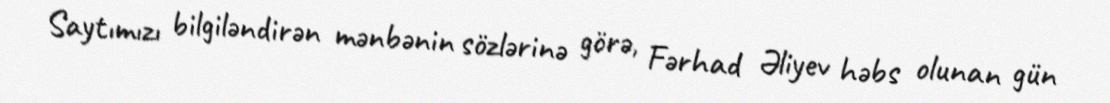
Saytımızı bilgiləndirən mənbənin sözlərinə görə, Fərhad Əliyev həbs olunan gün